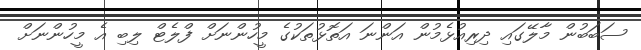
ސަބަބުން މާލޭގައި ދިރިއުޅެމުން އަންނަ އަތޮޅުތަކުގެ މީހުންނަށް ފްލެޓް ލިބި އެ މީހުންނަށް